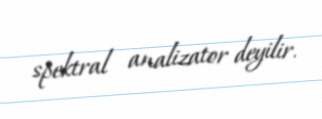
spektral analizator deyilir.